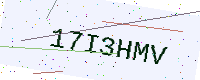
Text: 17I3HMV